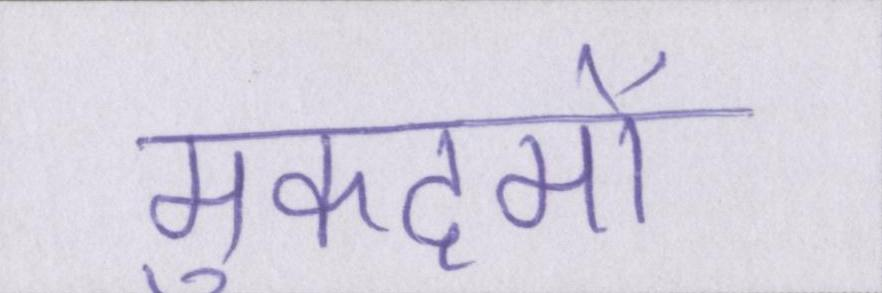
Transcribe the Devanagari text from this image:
मुकदमों